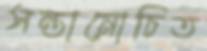
সন্তানোচিত